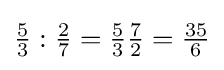
{\tfrac {5}{3}}:{\tfrac {2}{7}}={\tfrac {5}{3}}{\tfrac {7}{2}}={\tfrac {35}{6}}